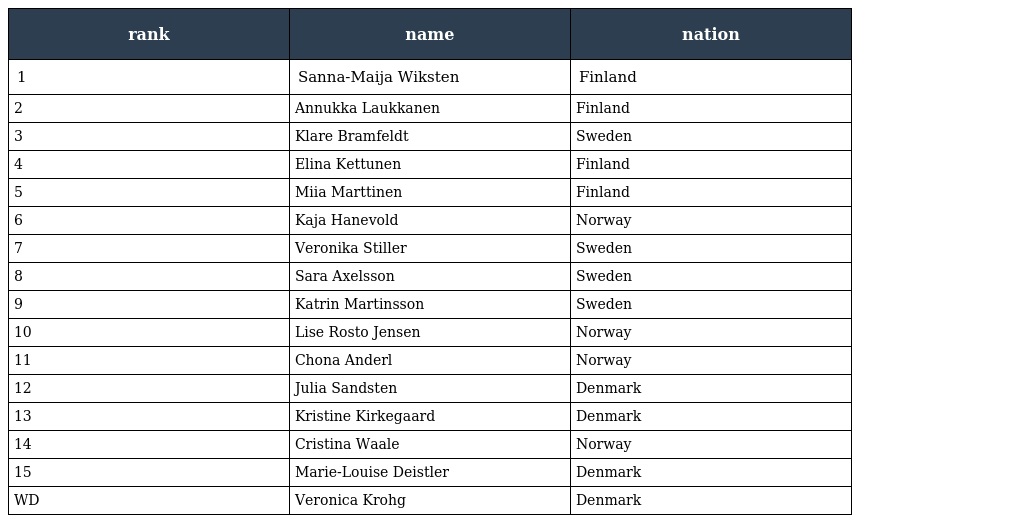
| rank | name | nation |
 | --- | --- | --- |
 | 1 | Sanna-Maija Wiksten | Finland |
 | 2 | Annukka Laukkanen | Finland |
 | 3 | Klare Bramfeldt | Sweden |
 | 4 | Elina Kettunen | Finland |
 | 5 | Miia Marttinen | Finland |
 | 6 | Kaja Hanevold | Norway |
 | 7 | Veronika Stiller | Sweden |
 | 8 | Sara Axelsson | Sweden |
 | 9 | Katrin Martinsson | Sweden |
 | 10 | Lise Rosto Jensen | Norway |
 | 11 | Chona Anderl | Norway |
 | 12 | Julia Sandsten | Denmark |
 | 13 | Kristine Kirkegaard | Denmark |
 | 14 | Cristina Waale | Norway |
 | 15 | Marie-Louise Deistler | Denmark |
 | WD | Veronica Krohg | Denmark |